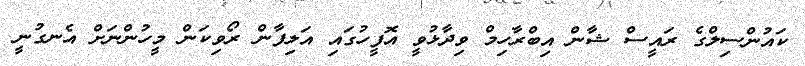
ކައުންސިލްގެ ރައީސް ޝާން އިބްރާހިމް ވިދާޅުވީ އޮފީހުގައި އަލިފާން ރޯވިކަން މީހުންނަށް އެނގުނީ